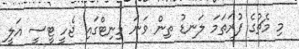
މި މެޗުގެ ފުރަތަމަ ލަނޑު ތިން ވަނަ މިނިޓްގައި ޖެހީ ޓީސީ އަލީ